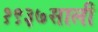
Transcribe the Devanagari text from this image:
१९३७साली